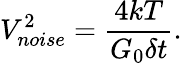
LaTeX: V_{noise}^{2}=\frac{4kT}{G_{0}\delta t}.